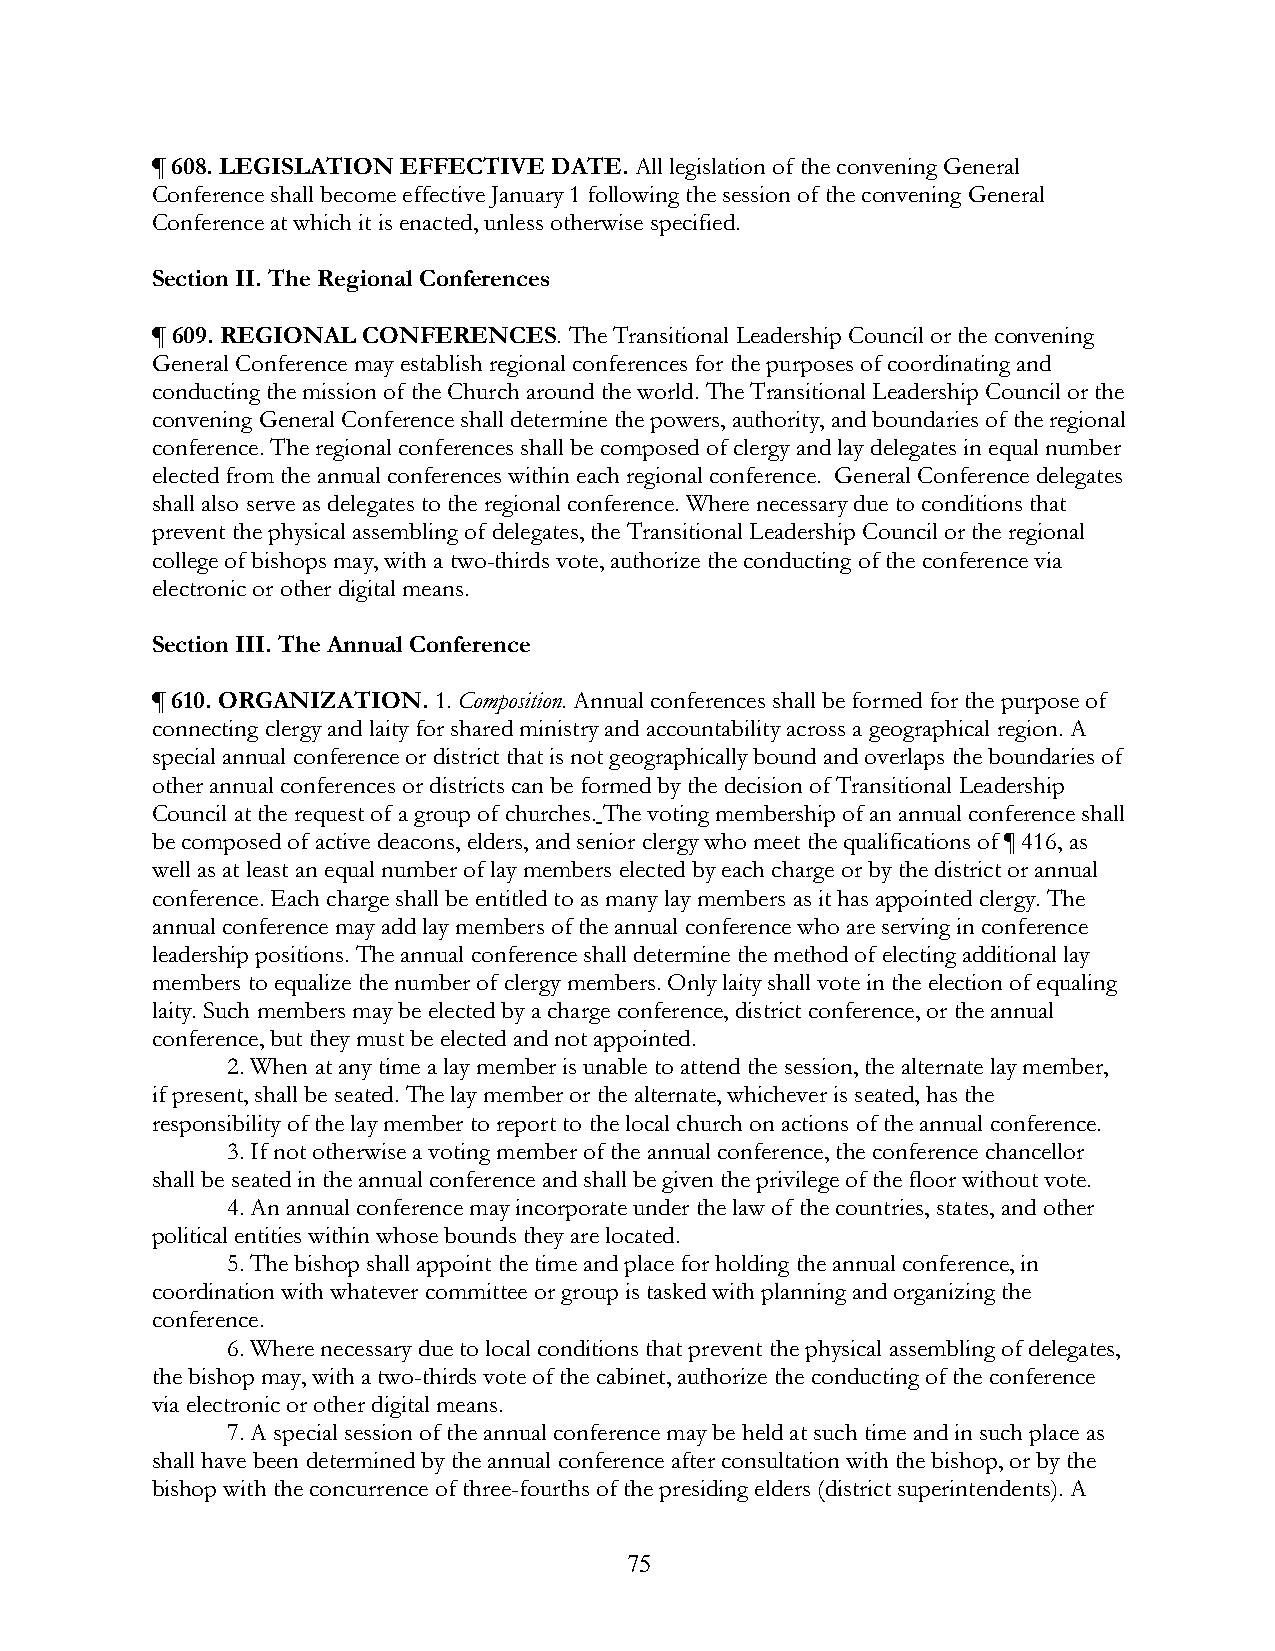
¶ 608. LEGISLATION EFFECTIVE DATE. All legislation of the convening General
 Conference shall become effective January 1 following the session of the convening General
 Conference at which it is enacted, unless otherwise specified.
 Section II. The Regional Conferences
 ¶ 609. REGIONAL CONFERENCES. The Transitional Leadership Council or the convening
 General Conference may establish regional conferences for the purposes of coordinating and
 conducting the mission of the Church around the world. The Transitional Leadership Council or the
 convening General Conference shall determine the powers, authority, and boundaries of the regional
 conference. The regional conferences shall be composed of clergy and lay delegates in equal number
 elected from the annual conferences within each regional conference. General Conference delegates
 shall also serve as delegates to the regional conference. Where necessary due to conditions that
 prevent the physical assembling of delegates, the Transitional Leadership Council or the regional
 college of bishops may, with a two-thirds vote, authorize the conducting of the conference via
 electronic or other digital means.
 Section III. The Annual Conference
 ¶ 610. ORGANIZATION. 1. Composition. Annual conferences shall be formed for the purpose of
 connecting clergy and laity for shared ministry and accountability across a geographical region. A
 special annual conference or district that is not geographically bound and overlaps the boundaries of
 other annual conferences or districts can be formed by the decision of Transitional Leadership
 Council at the request of a group of churches. The voting membership of an annual conference shall
 be composed of active deacons, elders, and senior clergy who meet the qualifications of ¶ 416, as
 well as at least an equal number of lay members elected by each charge or by the district or annual
 conference. Each charge shall be entitled to as many lay members as it has appointed clergy. The
 annual conference may add lay members of the annual conference who are serving in conference
 leadership positions. The annual conference shall determine the method of electing additional lay
 members to equalize the number of clergy members. Only laity shall vote in the election of equaling
 laity. Such members may be elected by a charge conference, district conference, or the annual
 conference, but they must be elected and not appointed.
 2. When at any time a lay member is unable to attend the session, the alternate lay member,
 if present, shall be seated. The lay member or the alternate, whichever is seated, has the
 responsibility of the lay member to report to the local church on actions of the annual conference.
 3. If not otherwise a voting member of the annual conference, the conference chancellor
 shall be seated in the annual conference and shall be given the privilege of the floor without vote.
 4. An annual conference may incorporate under the law of the countries, states, and other
 political entities within whose bounds they are located.
 5. The bishop shall appoint the time and place for holding the annual conference, in
 coordination with whatever committee or group is tasked with planning and organizing the
 conference.
 6. Where necessary due to local conditions that prevent the physical assembling of delegates,
 the bishop may, with a two-thirds vote of the cabinet, authorize the conducting of the conference
 via electronic or other digital means.
 7. A special session of the annual conference may be held at such time and in such place as
 shall have been determined by the annual conference after consultation with the bishop, or by the
 bishop with the concurrence of three-fourths of the presiding elders (district superintendents). A
 75